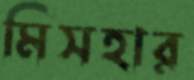
মিসহার